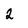
Character: 2